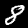
Label: 8